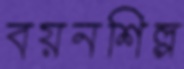
বয়নশিল্প